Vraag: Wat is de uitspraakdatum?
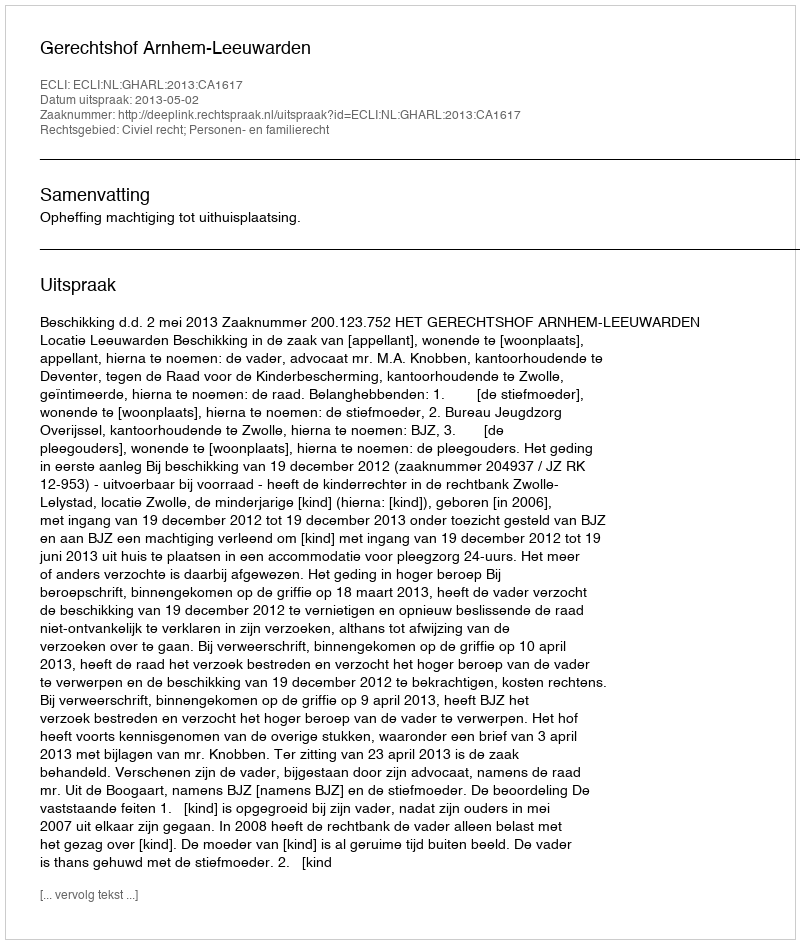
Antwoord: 2013-05-02